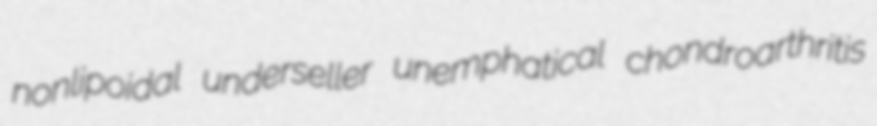
nonlipoidal underseller unemphatical chondroarthritis